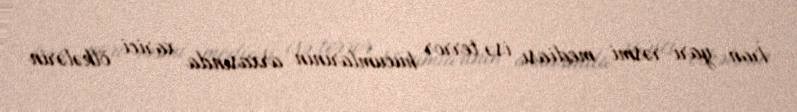
İran yarı-rəsmi mediası isə terror hücumlarının arxasında xarici ölkələrin